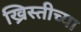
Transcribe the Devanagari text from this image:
ख्रिस्तीच्या